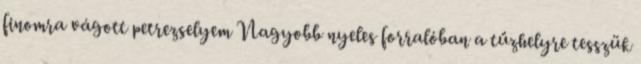
finomra vágott petrezselyem Nagyobb nyeles forralóban a tűzhelyre tesszük